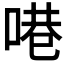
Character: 𪡝